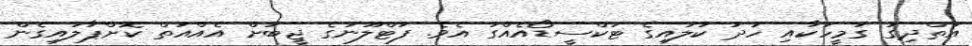
އަތްދިގު ގަމީހަކާއި ހުދު ކުލައިގެ ޓަކްސީޑޯއެއްގަ އެވެ. ފަޓްލޫނުގެ ޖީބަށް އެއްއަތް ކޮށްޕާލައިގެން